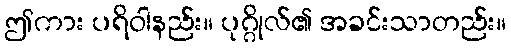
ဤကား ပရိဝါနည်း။ ပုဂ္ဂိုလ်၏ အခင်းသာတည်း။